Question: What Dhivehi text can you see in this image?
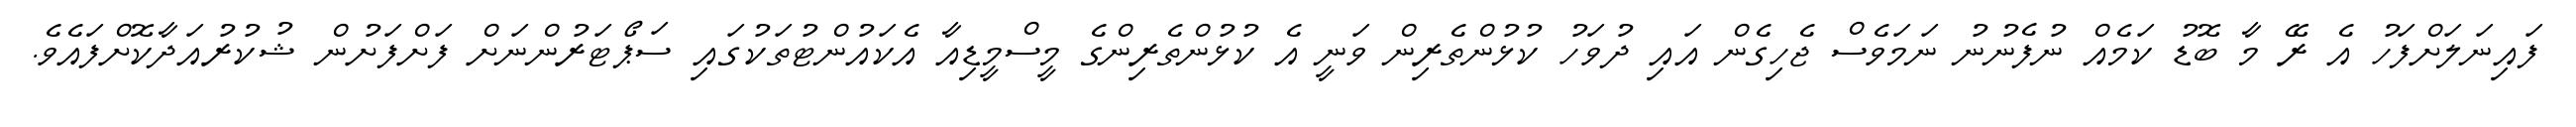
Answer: ފައިނަލަށްފަހު އެ ރޭ މާ ބޮޑު ކަމެއް ނުފެނުނު ނަމަވެސް ޖެހިގެން އައި ދުވަހު ކުޅުންތެރިން ވަނީ އެ ކުޅުންތެރިންގެ މީސްމީޑިއާ އެކައުންޓުތަކުގައި ސަޕޯޓަރުންނަށް ފަށްފަށުން ޝުކުރުއަދާކޮށްފައެވެ.